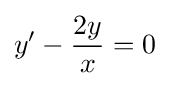
y'-{\frac {2y}{x}}=0